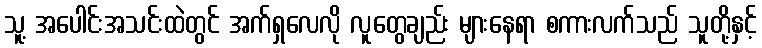
သူ့ အပေါင်းအသင်းထဲတွင် အက်ရှလေလို လူတွေချည်း များနေရာ စကားလက်သည် သူတို့နှင့်